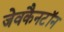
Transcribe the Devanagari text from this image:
जेवकैनटॉन